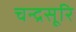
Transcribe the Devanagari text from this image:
चन्द्रसूरि